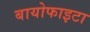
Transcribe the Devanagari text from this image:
बायोफाइटा